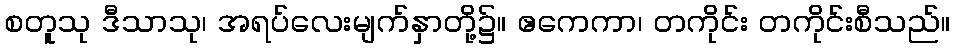
စတူသု ဒီသာသု၊ အရပ်လေးမျက်နှာတို့၌။ ဧကေကာ၊ တကိုင်း တကိုင်းစီသည်။